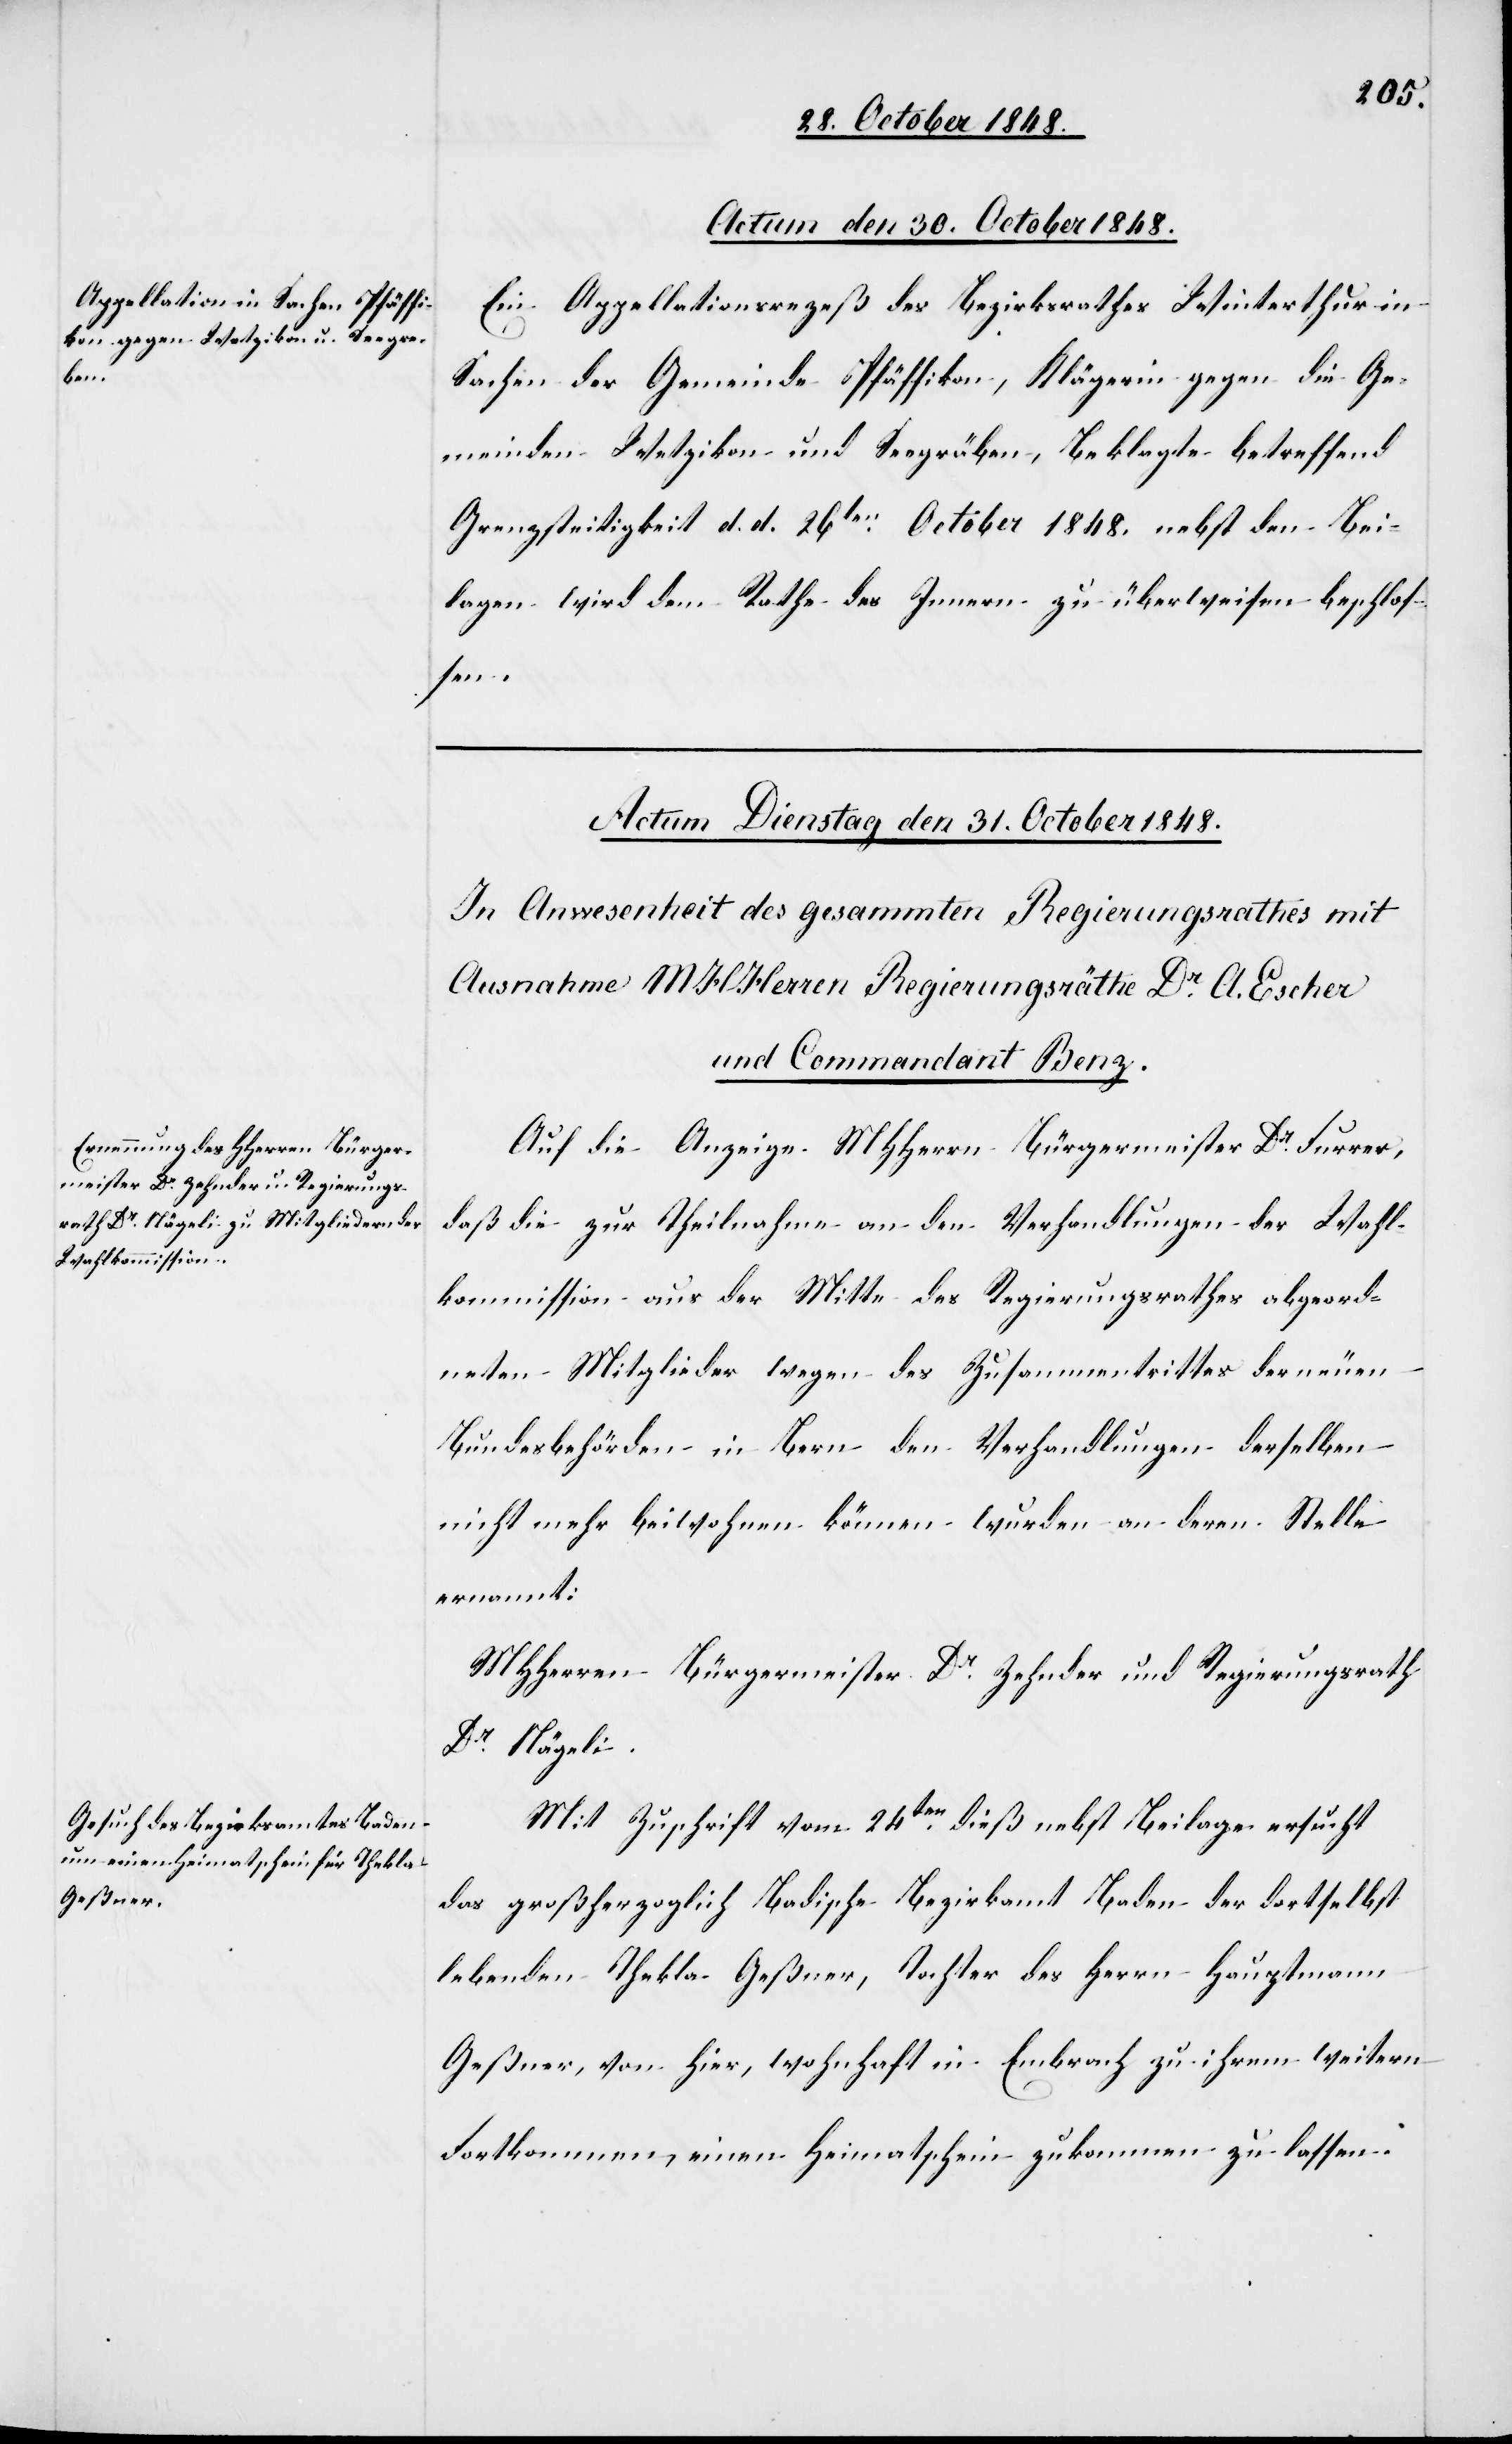
Actum den 30. October 1848.
Ein Appellationsrezeß des Bezirksrathes Winterthur in
Sachen der Gemeinde Pfäffikon, Klägerinn gegen die Ge¬
meinden Wetzikon und Seegräben, Beklagte betreffend
Grenzstreitigkeit d. d. 26ten October 1848. nebst den Bei¬
lagen wird dem Rathe des Innern zu überweisen beschlos¬
sen.
Auf die Anzeige MHHerrn Bürgermeister Dr Furrer,
daß die zur Theilnahme an den Verhandlungen der Wahl¬
kommission aus der Mitte des Regierungsrathes abgeord¬
neten Mitglieder wegen des Zusammentrittes der neuen
Bundesbehörden in Bern den Verhandlungen derselben
nicht mehr beiwohnen können wurden an deren Stelle
ernannt:
MHHerren Bürgermeister Dr Zehnder und Regierungsrath
Dr Nägeli.
Mit Zuschrift vom 24ten dieß nebst Beilage ersucht
das großherzoglich Badische Bezirksamt Baden der dortselbst
lebenden Thekla Geßner, Tochter des Herrn Hauptmann
Geßner, von hier wohnhaft in Embrach zu ihrem weitern
Fortkommen, einen Heimatschein zukommen zu lassen.